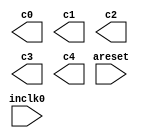
// megafunction wizard: %ALTPLL%VBB%
// GENERATION: STANDARD
// VERSION: WM1.0
// MODULE: altpll 

// ============================================================
// Megafunction Name(s):
// 			altpll
//
// Simulation Library Files(s):
// 			altera_mf
// ============================================================
// ************************************************************
// THIS IS A WIZARD-GENERATED FILE. DO NOT EDIT THIS FILE!
//
// 10.0 Build 262 08/18/2010 SP 1 SJ Full Version
// ************************************************************

//Copyright (C) 1991-2010 Altera Corporation
//Your use of Altera Corporation's design tools, logic functions 
//and other software and tools, and its AMPP partner logic 
//functions, and any output files from any of the foregoing 
//(including device programming or simulation files), and any 
//associated documentation or information are expressly subject 
//to the terms and conditions of the Altera Program License 
//Subscription Agreement, Altera MegaCore Function License 
//Agreement, or other applicable license agreement, including, 
//without limitation, that your use is for the sole purpose of 
//programming logic devices manufactured by Altera and sold by 
//Altera or its authorized distributors.  Please refer to the 
//applicable agreement for further details.

module cpu_pll (
	areset,
	inclk0,
	c0,
	c1,
	c2,
	c3,
	c4);

	input	  areset;
	input	  inclk0;
	output	  c0;
	output	  c1;
	output	  c2;
	output	  c3;
	output	  c4;
`ifndef ALTERA_RESERVED_QIS
// synopsys translate_off
`endif
	tri0	  areset;
`ifndef ALTERA_RESERVED_QIS
// synopsys translate_on
`endif

endmodule

// ============================================================
// CNX file retrieval info
// ============================================================
// Retrieval info: PRIVATE: ACTIVECLK_CHECK STRING "0"
// Retrieval info: PRIVATE: BANDWIDTH STRING "1.000"
// Retrieval info: PRIVATE: BANDWIDTH_FEATURE_ENABLED STRING "1"
// Retrieval info: PRIVATE: BANDWIDTH_FREQ_UNIT STRING "MHz"
// Retrieval info: PRIVATE: BANDWIDTH_PRESET STRING "Low"
// Retrieval info: PRIVATE: BANDWIDTH_USE_AUTO STRING "1"
// Retrieval info: PRIVATE: BANDWIDTH_USE_PRESET STRING "0"
// Retrieval info: PRIVATE: CLKBAD_SWITCHOVER_CHECK STRING "0"
// Retrieval info: PRIVATE: CLKLOSS_CHECK STRING "0"
// Retrieval info: PRIVATE: CLKSWITCH_CHECK STRING "0"
// Retrieval info: PRIVATE: CNX_NO_COMPENSATE_RADIO STRING "0"
// Retrieval info: PRIVATE: CREATE_CLKBAD_CHECK STRING "0"
// Retrieval info: PRIVATE: CREATE_INCLK1_CHECK STRING "0"
// Retrieval info: PRIVATE: CUR_DEDICATED_CLK STRING "c0"
// Retrieval info: PRIVATE: CUR_FBIN_CLK STRING "c0"
// Retrieval info: PRIVATE: DEVICE_SPEED_GRADE STRING "8"
// Retrieval info: PRIVATE: DIV_FACTOR0 NUMERIC "1"
// Retrieval info: PRIVATE: DIV_FACTOR1 NUMERIC "1"
// Retrieval info: PRIVATE: DIV_FACTOR2 NUMERIC "1"
// Retrieval info: PRIVATE: DIV_FACTOR3 NUMERIC "1"
// Retrieval info: PRIVATE: DIV_FACTOR4 NUMERIC "1"
// Retrieval info: PRIVATE: DUTY_CYCLE0 STRING "50.00000000"
// Retrieval info: PRIVATE: DUTY_CYCLE1 STRING "50.00000000"
// Retrieval info: PRIVATE: DUTY_CYCLE2 STRING "50.00000000"
// Retrieval info: PRIVATE: DUTY_CYCLE3 STRING "50.00000000"
// Retrieval info: PRIVATE: DUTY_CYCLE4 STRING "50.00000000"
// Retrieval info: PRIVATE: EFF_OUTPUT_FREQ_VALUE0 STRING "1.000000"
// Retrieval info: PRIVATE: EFF_OUTPUT_FREQ_VALUE1 STRING "25.000000"
// Retrieval info: PRIVATE: EFF_OUTPUT_FREQ_VALUE2 STRING "10.000000"
// Retrieval info: PRIVATE: EFF_OUTPUT_FREQ_VALUE3 STRING "20.000000"
// Retrieval info: PRIVATE: EFF_OUTPUT_FREQ_VALUE4 STRING "50.000000"
// Retrieval info: PRIVATE: EXPLICIT_SWITCHOVER_COUNTER STRING "0"
// Retrieval info: PRIVATE: EXT_FEEDBACK_RADIO STRING "0"
// Retrieval info: PRIVATE: GLOCKED_COUNTER_EDIT_CHANGED STRING "1"
// Retrieval info: PRIVATE: GLOCKED_FEATURE_ENABLED STRING "0"
// Retrieval info: PRIVATE: GLOCKED_MODE_CHECK STRING "0"
// Retrieval info: PRIVATE: GLOCK_COUNTER_EDIT NUMERIC "1048575"
// Retrieval info: PRIVATE: HAS_MANUAL_SWITCHOVER STRING "1"
// Retrieval info: PRIVATE: INCLK0_FREQ_EDIT STRING "25.000"
// Retrieval info: PRIVATE: INCLK0_FREQ_UNIT_COMBO STRING "MHz"
// Retrieval info: PRIVATE: INCLK1_FREQ_EDIT STRING "100.000"
// Retrieval info: PRIVATE: INCLK1_FREQ_EDIT_CHANGED STRING "1"
// Retrieval info: PRIVATE: INCLK1_FREQ_UNIT_CHANGED STRING "1"
// Retrieval info: PRIVATE: INCLK1_FREQ_UNIT_COMBO STRING "MHz"
// Retrieval info: PRIVATE: INTENDED_DEVICE_FAMILY STRING "Cyclone IV E"
// Retrieval info: PRIVATE: INT_FEEDBACK__MODE_RADIO STRING "1"
// Retrieval info: PRIVATE: LOCKED_OUTPUT_CHECK STRING "0"
// Retrieval info: PRIVATE: LONG_SCAN_RADIO STRING "1"
// Retrieval info: PRIVATE: LVDS_MODE_DATA_RATE STRING "Not Available"
// Retrieval info: PRIVATE: LVDS_MODE_DATA_RATE_DIRTY NUMERIC "0"
// Retrieval info: PRIVATE: LVDS_PHASE_SHIFT_UNIT0 STRING "deg"
// Retrieval info: PRIVATE: LVDS_PHASE_SHIFT_UNIT1 STRING "deg"
// Retrieval info: PRIVATE: LVDS_PHASE_SHIFT_UNIT2 STRING "ps"
// Retrieval info: PRIVATE: LVDS_PHASE_SHIFT_UNIT3 STRING "ps"
// Retrieval info: PRIVATE: LVDS_PHASE_SHIFT_UNIT4 STRING "ps"
// Retrieval info: PRIVATE: MIG_DEVICE_SPEED_GRADE STRING "Any"
// Retrieval info: PRIVATE: MIRROR_CLK0 STRING "0"
// Retrieval info: PRIVATE: MIRROR_CLK1 STRING "0"
// Retrieval info: PRIVATE: MIRROR_CLK2 STRING "0"
// Retrieval info: PRIVATE: MIRROR_CLK3 STRING "0"
// Retrieval info: PRIVATE: MIRROR_CLK4 STRING "0"
// Retrieval info: PRIVATE: MULT_FACTOR0 NUMERIC "1"
// Retrieval info: PRIVATE: MULT_FACTOR1 NUMERIC "1"
// Retrieval info: PRIVATE: MULT_FACTOR2 NUMERIC "1"
// Retrieval info: PRIVATE: MULT_FACTOR3 NUMERIC "1"
// Retrieval info: PRIVATE: MULT_FACTOR4 NUMERIC "1"
// Retrieval info: PRIVATE: NORMAL_MODE_RADIO STRING "1"
// Retrieval info: PRIVATE: OUTPUT_FREQ0 STRING "1.00000000"
// Retrieval info: PRIVATE: OUTPUT_FREQ1 STRING "25.00000000"
// Retrieval info: PRIVATE: OUTPUT_FREQ2 STRING "10.00000000"
// Retrieval info: PRIVATE: OUTPUT_FREQ3 STRING "20.00000000"
// Retrieval info: PRIVATE: OUTPUT_FREQ4 STRING "50.00000000"
// Retrieval info: PRIVATE: OUTPUT_FREQ_MODE0 STRING "1"
// Retrieval info: PRIVATE: OUTPUT_FREQ_MODE1 STRING "1"
// Retrieval info: PRIVATE: OUTPUT_FREQ_MODE2 STRING "1"
// Retrieval info: PRIVATE: OUTPUT_FREQ_MODE3 STRING "1"
// Retrieval info: PRIVATE: OUTPUT_FREQ_MODE4 STRING "1"
// Retrieval info: PRIVATE: OUTPUT_FREQ_UNIT0 STRING "MHz"
// Retrieval info: PRIVATE: OUTPUT_FREQ_UNIT1 STRING "MHz"
// Retrieval info: PRIVATE: OUTPUT_FREQ_UNIT2 STRING "MHz"
// Retrieval info: PRIVATE: OUTPUT_FREQ_UNIT3 STRING "MHz"
// Retrieval info: PRIVATE: OUTPUT_FREQ_UNIT4 STRING "MHz"
// Retrieval info: PRIVATE: PHASE_RECONFIG_FEATURE_ENABLED STRING "1"
// Retrieval info: PRIVATE: PHASE_RECONFIG_INPUTS_CHECK STRING "0"
// Retrieval info: PRIVATE: PHASE_SHIFT0 STRING "0.00000000"
// Retrieval info: PRIVATE: PHASE_SHIFT1 STRING "0.00000000"
// Retrieval info: PRIVATE: PHASE_SHIFT2 STRING "0.00000000"
// Retrieval info: PRIVATE: PHASE_SHIFT3 STRING "0.00000000"
// Retrieval info: PRIVATE: PHASE_SHIFT4 STRING "0.00000000"
// Retrieval info: PRIVATE: PHASE_SHIFT_STEP_ENABLED_CHECK STRING "0"
// Retrieval info: PRIVATE: PHASE_SHIFT_UNIT0 STRING "deg"
// Retrieval info: PRIVATE: PHASE_SHIFT_UNIT1 STRING "deg"
// Retrieval info: PRIVATE: PHASE_SHIFT_UNIT2 STRING "deg"
// Retrieval info: PRIVATE: PHASE_SHIFT_UNIT3 STRING "ps"
// Retrieval info: PRIVATE: PHASE_SHIFT_UNIT4 STRING "ps"
// Retrieval info: PRIVATE: PLL_ADVANCED_PARAM_CHECK STRING "0"
// Retrieval info: PRIVATE: PLL_ARESET_CHECK STRING "1"
// Retrieval info: PRIVATE: PLL_AUTOPLL_CHECK NUMERIC "1"
// Retrieval info: PRIVATE: PLL_ENHPLL_CHECK NUMERIC "0"
// Retrieval info: PRIVATE: PLL_FASTPLL_CHECK NUMERIC "0"
// Retrieval info: PRIVATE: PLL_FBMIMIC_CHECK STRING "0"
// Retrieval info: PRIVATE: PLL_LVDS_PLL_CHECK NUMERIC "0"
// Retrieval info: PRIVATE: PLL_PFDENA_CHECK STRING "0"
// Retrieval info: PRIVATE: PLL_TARGET_HARCOPY_CHECK NUMERIC "0"
// Retrieval info: PRIVATE: PRIMARY_CLK_COMBO STRING "inclk0"
// Retrieval info: PRIVATE: RECONFIG_FILE STRING "cpu_pll.mif"
// Retrieval info: PRIVATE: SACN_INPUTS_CHECK STRING "0"
// Retrieval info: PRIVATE: SCAN_FEATURE_ENABLED STRING "1"
// Retrieval info: PRIVATE: SELF_RESET_LOCK_LOSS STRING "0"
// Retrieval info: PRIVATE: SHORT_SCAN_RADIO STRING "0"
// Retrieval info: PRIVATE: SPREAD_FEATURE_ENABLED STRING "0"
// Retrieval info: PRIVATE: SPREAD_FREQ STRING "50.000"
// Retrieval info: PRIVATE: SPREAD_FREQ_UNIT STRING "KHz"
// Retrieval info: PRIVATE: SPREAD_PERCENT STRING "0.500"
// Retrieval info: PRIVATE: SPREAD_USE STRING "0"
// Retrieval info: PRIVATE: SRC_SYNCH_COMP_RADIO STRING "0"
// Retrieval info: PRIVATE: STICKY_CLK0 STRING "1"
// Retrieval info: PRIVATE: STICKY_CLK1 STRING "1"
// Retrieval info: PRIVATE: STICKY_CLK2 STRING "1"
// Retrieval info: PRIVATE: STICKY_CLK3 STRING "1"
// Retrieval info: PRIVATE: STICKY_CLK4 STRING "1"
// Retrieval info: PRIVATE: SWITCHOVER_COUNT_EDIT NUMERIC "1"
// Retrieval info: PRIVATE: SWITCHOVER_FEATURE_ENABLED STRING "1"
// Retrieval info: PRIVATE: SYNTH_WRAPPER_GEN_POSTFIX STRING "0"
// Retrieval info: PRIVATE: USE_CLK0 STRING "1"
// Retrieval info: PRIVATE: USE_CLK1 STRING "1"
// Retrieval info: PRIVATE: USE_CLK2 STRING "1"
// Retrieval info: PRIVATE: USE_CLK3 STRING "1"
// Retrieval info: PRIVATE: USE_CLK4 STRING "1"
// Retrieval info: PRIVATE: USE_CLKENA0 STRING "0"
// Retrieval info: PRIVATE: USE_CLKENA1 STRING "0"
// Retrieval info: PRIVATE: USE_CLKENA2 STRING "0"
// Retrieval info: PRIVATE: USE_CLKENA3 STRING "0"
// Retrieval info: PRIVATE: USE_CLKENA4 STRING "0"
// Retrieval info: PRIVATE: USE_MIL_SPEED_GRADE NUMERIC "0"
// Retrieval info: PRIVATE: ZERO_DELAY_RADIO STRING "0"
// Retrieval info: LIBRARY: altera_mf altera_mf.altera_mf_components.all
// Retrieval info: CONSTANT: BANDWIDTH_TYPE STRING "AUTO"
// Retrieval info: CONSTANT: CLK0_DIVIDE_BY NUMERIC "25"
// Retrieval info: CONSTANT: CLK0_DUTY_CYCLE NUMERIC "50"
// Retrieval info: CONSTANT: CLK0_MULTIPLY_BY NUMERIC "1"
// Retrieval info: CONSTANT: CLK0_PHASE_SHIFT STRING "0"
// Retrieval info: CONSTANT: CLK1_DIVIDE_BY NUMERIC "1"
// Retrieval info: CONSTANT: CLK1_DUTY_CYCLE NUMERIC "50"
// Retrieval info: CONSTANT: CLK1_MULTIPLY_BY NUMERIC "1"
// Retrieval info: CONSTANT: CLK1_PHASE_SHIFT STRING "0"
// Retrieval info: CONSTANT: CLK2_DIVIDE_BY NUMERIC "5"
// Retrieval info: CONSTANT: CLK2_DUTY_CYCLE NUMERIC "50"
// Retrieval info: CONSTANT: CLK2_MULTIPLY_BY NUMERIC "2"
// Retrieval info: CONSTANT: CLK2_PHASE_SHIFT STRING "0"
// Retrieval info: CONSTANT: CLK3_DIVIDE_BY NUMERIC "5"
// Retrieval info: CONSTANT: CLK3_DUTY_CYCLE NUMERIC "50"
// Retrieval info: CONSTANT: CLK3_MULTIPLY_BY NUMERIC "4"
// Retrieval info: CONSTANT: CLK3_PHASE_SHIFT STRING "0"
// Retrieval info: CONSTANT: CLK4_DIVIDE_BY NUMERIC "1"
// Retrieval info: CONSTANT: CLK4_DUTY_CYCLE NUMERIC "50"
// Retrieval info: CONSTANT: CLK4_MULTIPLY_BY NUMERIC "2"
// Retrieval info: CONSTANT: CLK4_PHASE_SHIFT STRING "0"
// Retrieval info: CONSTANT: COMPENSATE_CLOCK STRING "CLK0"
// Retrieval info: CONSTANT: INCLK0_INPUT_FREQUENCY NUMERIC "40000"
// Retrieval info: CONSTANT: INTENDED_DEVICE_FAMILY STRING "Cyclone IV E"
// Retrieval info: CONSTANT: LPM_TYPE STRING "altpll"
// Retrieval info: CONSTANT: OPERATION_MODE STRING "NORMAL"
// Retrieval info: CONSTANT: PLL_TYPE STRING "AUTO"
// Retrieval info: CONSTANT: PORT_ACTIVECLOCK STRING "PORT_UNUSED"
// Retrieval info: CONSTANT: PORT_ARESET STRING "PORT_USED"
// Retrieval info: CONSTANT: PORT_CLKBAD0 STRING "PORT_UNUSED"
// Retrieval info: CONSTANT: PORT_CLKBAD1 STRING "PORT_UNUSED"
// Retrieval info: CONSTANT: PORT_CLKLOSS STRING "PORT_UNUSED"
// Retrieval info: CONSTANT: PORT_CLKSWITCH STRING "PORT_UNUSED"
// Retrieval info: CONSTANT: PORT_CONFIGUPDATE STRING "PORT_UNUSED"
// Retrieval info: CONSTANT: PORT_FBIN STRING "PORT_UNUSED"
// Retrieval info: CONSTANT: PORT_INCLK0 STRING "PORT_USED"
// Retrieval info: CONSTANT: PORT_INCLK1 STRING "PORT_UNUSED"
// Retrieval info: CONSTANT: PORT_LOCKED STRING "PORT_UNUSED"
// Retrieval info: CONSTANT: PORT_PFDENA STRING "PORT_UNUSED"
// Retrieval info: CONSTANT: PORT_PHASECOUNTERSELECT STRING "PORT_UNUSED"
// Retrieval info: CONSTANT: PORT_PHASEDONE STRING "PORT_UNUSED"
// Retrieval info: CONSTANT: PORT_PHASESTEP STRING "PORT_UNUSED"
// Retrieval info: CONSTANT: PORT_PHASEUPDOWN STRING "PORT_UNUSED"
// Retrieval info: CONSTANT: PORT_PLLENA STRING "PORT_UNUSED"
// Retrieval info: CONSTANT: PORT_SCANACLR STRING "PORT_UNUSED"
// Retrieval info: CONSTANT: PORT_SCANCLK STRING "PORT_UNUSED"
// Retrieval info: CONSTANT: PORT_SCANCLKENA STRING "PORT_UNUSED"
// Retrieval info: CONSTANT: PORT_SCANDATA STRING "PORT_UNUSED"
// Retrieval info: CONSTANT: PORT_SCANDATAOUT STRING "PORT_UNUSED"
// Retrieval info: CONSTANT: PORT_SCANDONE STRING "PORT_UNUSED"
// Retrieval info: CONSTANT: PORT_SCANREAD STRING "PORT_UNUSED"
// Retrieval info: CONSTANT: PORT_SCANWRITE STRING "PORT_UNUSED"
// Retrieval info: CONSTANT: PORT_clk0 STRING "PORT_USED"
// Retrieval info: CONSTANT: PORT_clk1 STRING "PORT_USED"
// Retrieval info: CONSTANT: PORT_clk2 STRING "PORT_USED"
// Retrieval info: CONSTANT: PORT_clk3 STRING "PORT_USED"
// Retrieval info: CONSTANT: PORT_clk4 STRING "PORT_USED"
// Retrieval info: CONSTANT: PORT_clk5 STRING "PORT_UNUSED"
// Retrieval info: CONSTANT: PORT_clkena0 STRING "PORT_UNUSED"
// Retrieval info: CONSTANT: PORT_clkena1 STRING "PORT_UNUSED"
// Retrieval info: CONSTANT: PORT_clkena2 STRING "PORT_UNUSED"
// Retrieval info: CONSTANT: PORT_clkena3 STRING "PORT_UNUSED"
// Retrieval info: CONSTANT: PORT_clkena4 STRING "PORT_UNUSED"
// Retrieval info: CONSTANT: PORT_clkena5 STRING "PORT_UNUSED"
// Retrieval info: CONSTANT: PORT_extclk0 STRING "PORT_UNUSED"
// Retrieval info: CONSTANT: PORT_extclk1 STRING "PORT_UNUSED"
// Retrieval info: CONSTANT: PORT_extclk2 STRING "PORT_UNUSED"
// Retrieval info: CONSTANT: PORT_extclk3 STRING "PORT_UNUSED"
// Retrieval info: CONSTANT: WIDTH_CLOCK NUMERIC "5"
// Retrieval info: USED_PORT: @clk 0 0 5 0 OUTPUT_CLK_EXT VCC "@clk[4..0]"
// Retrieval info: USED_PORT: areset 0 0 0 0 INPUT GND "areset"
// Retrieval info: USED_PORT: c0 0 0 0 0 OUTPUT_CLK_EXT VCC "c0"
// Retrieval info: USED_PORT: c1 0 0 0 0 OUTPUT_CLK_EXT VCC "c1"
// Retrieval info: USED_PORT: c2 0 0 0 0 OUTPUT_CLK_EXT VCC "c2"
// Retrieval info: USED_PORT: c3 0 0 0 0 OUTPUT_CLK_EXT VCC "c3"
// Retrieval info: USED_PORT: c4 0 0 0 0 OUTPUT_CLK_EXT VCC "c4"
// Retrieval info: USED_PORT: inclk0 0 0 0 0 INPUT_CLK_EXT GND "inclk0"
// Retrieval info: CONNECT: @areset 0 0 0 0 areset 0 0 0 0
// Retrieval info: CONNECT: @inclk 0 0 1 1 GND 0 0 0 0
// Retrieval info: CONNECT: @inclk 0 0 1 0 inclk0 0 0 0 0
// Retrieval info: CONNECT: c0 0 0 0 0 @clk 0 0 1 0
// Retrieval info: CONNECT: c1 0 0 0 0 @clk 0 0 1 1
// Retrieval info: CONNECT: c2 0 0 0 0 @clk 0 0 1 2
// Retrieval info: CONNECT: c3 0 0 0 0 @clk 0 0 1 3
// Retrieval info: CONNECT: c4 0 0 0 0 @clk 0 0 1 4
// Retrieval info: GEN_FILE: TYPE_NORMAL cpu_pll.v TRUE
// Retrieval info: GEN_FILE: TYPE_NORMAL cpu_pll.ppf TRUE
// Retrieval info: GEN_FILE: TYPE_NORMAL cpu_pll.inc FALSE
// Retrieval info: GEN_FILE: TYPE_NORMAL cpu_pll.cmp FALSE
// Retrieval info: GEN_FILE: TYPE_NORMAL cpu_pll.bsf FALSE
// Retrieval info: GEN_FILE: TYPE_NORMAL cpu_pll_inst.v FALSE
// Retrieval info: GEN_FILE: TYPE_NORMAL cpu_pll_bb.v TRUE
// Retrieval info: LIB_FILE: altera_mf
// Retrieval info: CBX_MODULE_PREFIX: ON